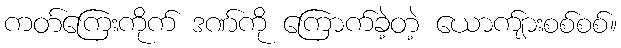
ကတ်ကြေးကိုက် ဒဏ်ကို ကြောက်ခဲ့တဲ့ ယောက်ျားစစ်စစ်။